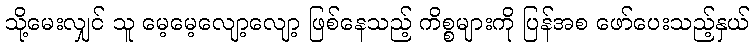
သို့မေးလျှင် သူ မေ့မေ့လျော့လျော့ ဖြစ်နေသည့် ကိစ္စများကို ပြန်အစ ဖော်ပေးသည့်နှယ်